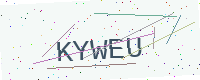
Text: KYWEU